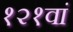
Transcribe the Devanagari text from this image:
१२१वां